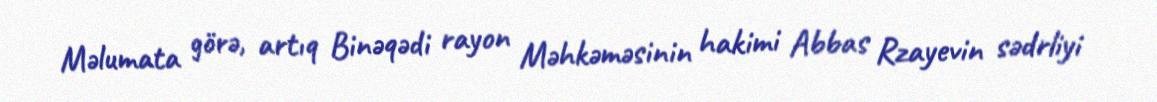
Məlumata görə, artıq Binəqədi rayon Məhkəməsinin hakimi Abbas Rzayevin sədrliyi